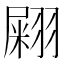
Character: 𦑫